Vaccination United Provinces of Agra and Oudh 1902-1913 - 1902-1913
Year: 1902
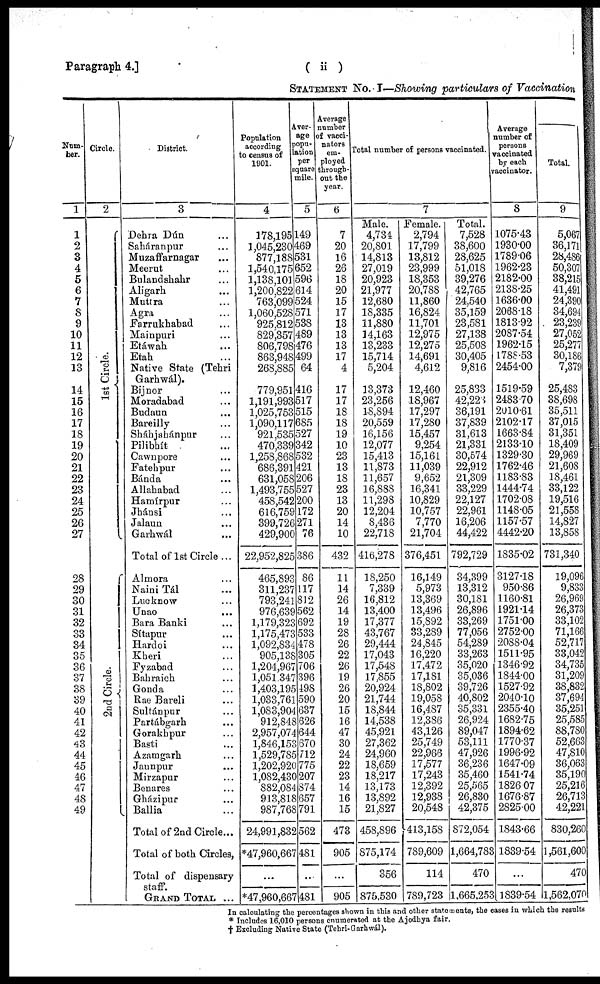
Paragraph 4.]
( ii )
STATEMENT NO. I—Showing particulars of Vaccination
Num-
ber.
1
1
2
3
4
5
6
7
8
9
10
11
12
13
14
15
16
17
18
19
20
21
22
23
24
25
26
27
28
29
30
31
32
33
34
35
36
37
38
39
40
41
42
43
44
45
46
47
48
49
Circle.
2
1st Circle.
2nd Circle.
District.
3
Dehra Dún ...
Saháranpur ...
Muzaffarnagar ...
Meerut ...
Bulandshahr ...
Aligarh ...
Muttra ...
Agra ...
Farrukhabad ...
Mainpuri ...
Etáwab ...
Etah ...
Native State (Tebri
Garhwál).
Bijnor ...
Moradabad ...
Budaun ...
Bareilly ...
Sháhjahánpur ...
Pilibhít ...
Cawnpore ...
Fatehpur ...
Bánda ...
Allababad ...
Hamírpur ...
Jhási ...
Jalaun ...
Garhwál ...
Total of 1st Circle...
Almora ...
Naini Tál ...
Lucknow ...
Unao
...
Bara Banki ...
Sítapur ...
Hardoi ...
Kheri ...
Fyzabad ...
Bahraich ...
Gonda ...
Rae Bareli ...
Sultánpur ...
Partábgarh ...
Gorakhpur ...
Basti ...
Azamgarh ...
Jaunpur ...
Mirzapur ...
Benares ...
Gbázipur ...
Ballia ...
Total of 2nd Circle...
Total of both Circles,
Total of dispensary
staff.
GRAND TOTAL ...
Population
according
to census or
1901.
4
178,195
1,045,230
877,188
1,540,175
1,138,101
1,200,822
763,099
1,060,528
925,812
829,357
806,798
863,948
268,885
779,951
1,191,993
1,025,753
1,090,117
921,535
470,339
1,258,868
686,391
631,058
1,493,755
458,542
616,759
399,726
429,900
22,952,825
465,893
311,237
793,241
976,639
1,179,323
1,175,473
1,092,834
905,138
1,204,967
1,051,347
1,403,195
1,033,761
1,083,904
912,848
2,957,074
1,846,153
1,529,785
1,202,920
1,082,430
882,084
913,818
987,768
24,991,832
*47,960,667
...
*47,960,667
Aver-
age
popu-
lation
per
square
mile.
5
149
469
531
652
596
614
524
571
538
489
476
499
64
416
517
515
685
527
342
532
421
206
527
200
172
271
76
386
86
117
812
562
692
533
478
305
706
396
498
590
637
626
644
670
712
775
207
874
657
791
562
481
...
481
Average
number
of vacci-
nators
em-
ployed
through-
out the
year.
6
7
20
16
26
18
20
15
17
13
13
13
17
4
17
17
18
18
19
10
23
13
18
23
13
20
14
10
432
11
14
26
14
19
28
26
22
26
19
26
20
15
16
47
30
24
22
23
14
16
15
473
905
...
905
Total number of persons vaccinated.
7
Male.
4,734
20,801
14,813
27,019
20,923
21,977
12,680
18,335
11,880
14,163
13,233
15,714
5,204
13,373
23,256
18,894
20,559
16,156
12,077
15,413
11,873
11,657
16,88S
11,298
12,204
8,436
22,718
416,278
18,250
7,339
16,812
13,400
17,377
43,767
29,444
17,043
17,548
17,855
20,924
21,744
18,844
14,538
45,921
27,362
24,960
18,659
18,217
13,173
13,892
21,827
458,896
875,174
356
875,530
Female.
2,794
17,799
13,812
23,999
18,353
20,788
11,860
16,824
11,701
12,975
12,275
14,691
4,612
12,460
18,967
17,297
17,280
15,457
9,254
15,161
11,039
9,652
16,341
10,829
10,757
7,770
21,704
376,451
16,149
5,973
13,369
13,496
15,892
33,289
24,845
16,220
17,472
17,181
18,802
19,058
16,487
12,386
43,126
25,749
22,966
17,577
17,243
12,392
12,938
20,548
413,158
789,609
114
789,723
Total.
7,528
38,600
28,625
51,018
39,276
42,765
24,540
35,159
23,581
27,138
25,508
30,405
9,816
25,833
42,223
36,191
37,839
31,613
21,331
30,574
22,912
21,309
33,229
22,127
22,961
16,206
44,422
792,729
34,399
13,312
30,181
26,896
33,269
77,056
54,289
33,263
35,020
35,036
39,726
40,802
35,331
26,924
89,047
53,111
47,926
36,236
35,460
25,565
26,830
42,375
872,054
1,664,783
470
1,665,253
Average
number of
persons
vaccinated
by each
vaccinator.
8
1075.43
1930.00
1789.06
1962.23
2182.00
2138.25
1636.00
2068.18
1813.92
2087.54
1962.15
1788.53
2454.00
1519.59
2483.70
2010.61
2102.17
1663.84
2133.10
1329.30
1762.46
1183.83
1444.74
1702.08
1148.05
1157.57
4442.20
1835.02
3127.18
950.86
1160.81
1921.14
1751.00
2752.00
2088.04
1511.95
1346.92
1844.00
1527.92
2040.10
2355.40
1682.75
1894.62
1770.37
1996.92
1647.09
1541.74
1826.07
1676.87
2825.00
1843.66
1839.54
...
1839.54
Total.
9
5,067
36,171
28,486
50,307
38,215
41,491
24,390
34,694
23,239
27,052
25,277
30,186
7,379
25,483
38,698
35,511
37,015
31,351
18,409
29,969
21,608
18,461
33,122
19,516
21,558
14,827
13,858
731,340
19,096
9,833
26,969
26,373
33,102
71,166
52,717
33,042
34,735
31,209
38,832
37,694
35,251
25,585
88,780
52,663
47,810
36,063
35,190
25,216
26,713
42,221
830,260
1,561,600
470
1,562,070
In calculating the percentages shown in this and other statements, the cases in which the results
* Includes 16,010 persons enumerated at the Ajodhya fair.
† Excluding Native State (Tehri-Garhwál).